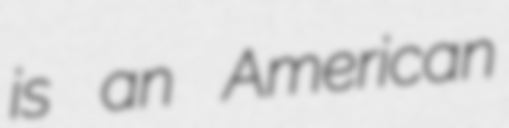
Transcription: is an American